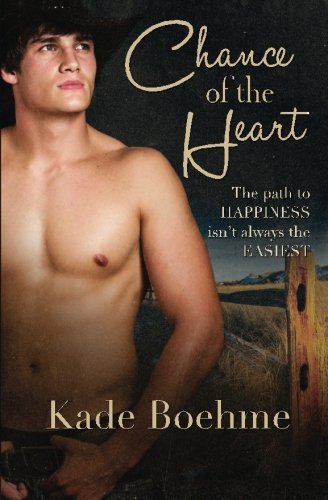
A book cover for Chance of the Heart; Kade Boehme; Romance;